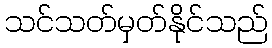
သင်သတ်မှတ်နိုင်သည်